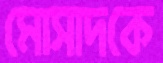
মোসাদকে